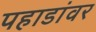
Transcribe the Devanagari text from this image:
पहाडांवर